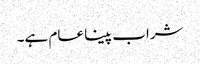
شراب پینا عام ہے۔